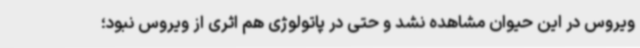
ویروس در این حیوان مشاهده نشد و حتی در پاتولوژی هم اثری از ویروس نبود؛